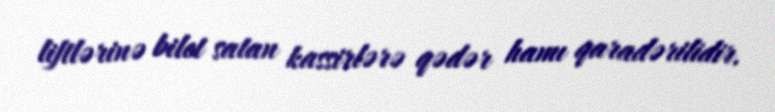
liftlərinə bilet satan kassirlərə qədər hamı qaradərilidir.